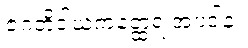
ဇဂတိဒါယကတ္ထေရ အပဒါန။